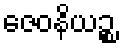
ဇေဝနိယဉ္စ